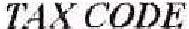
TAX CODE